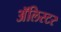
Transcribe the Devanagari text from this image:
अॅलिस्टर